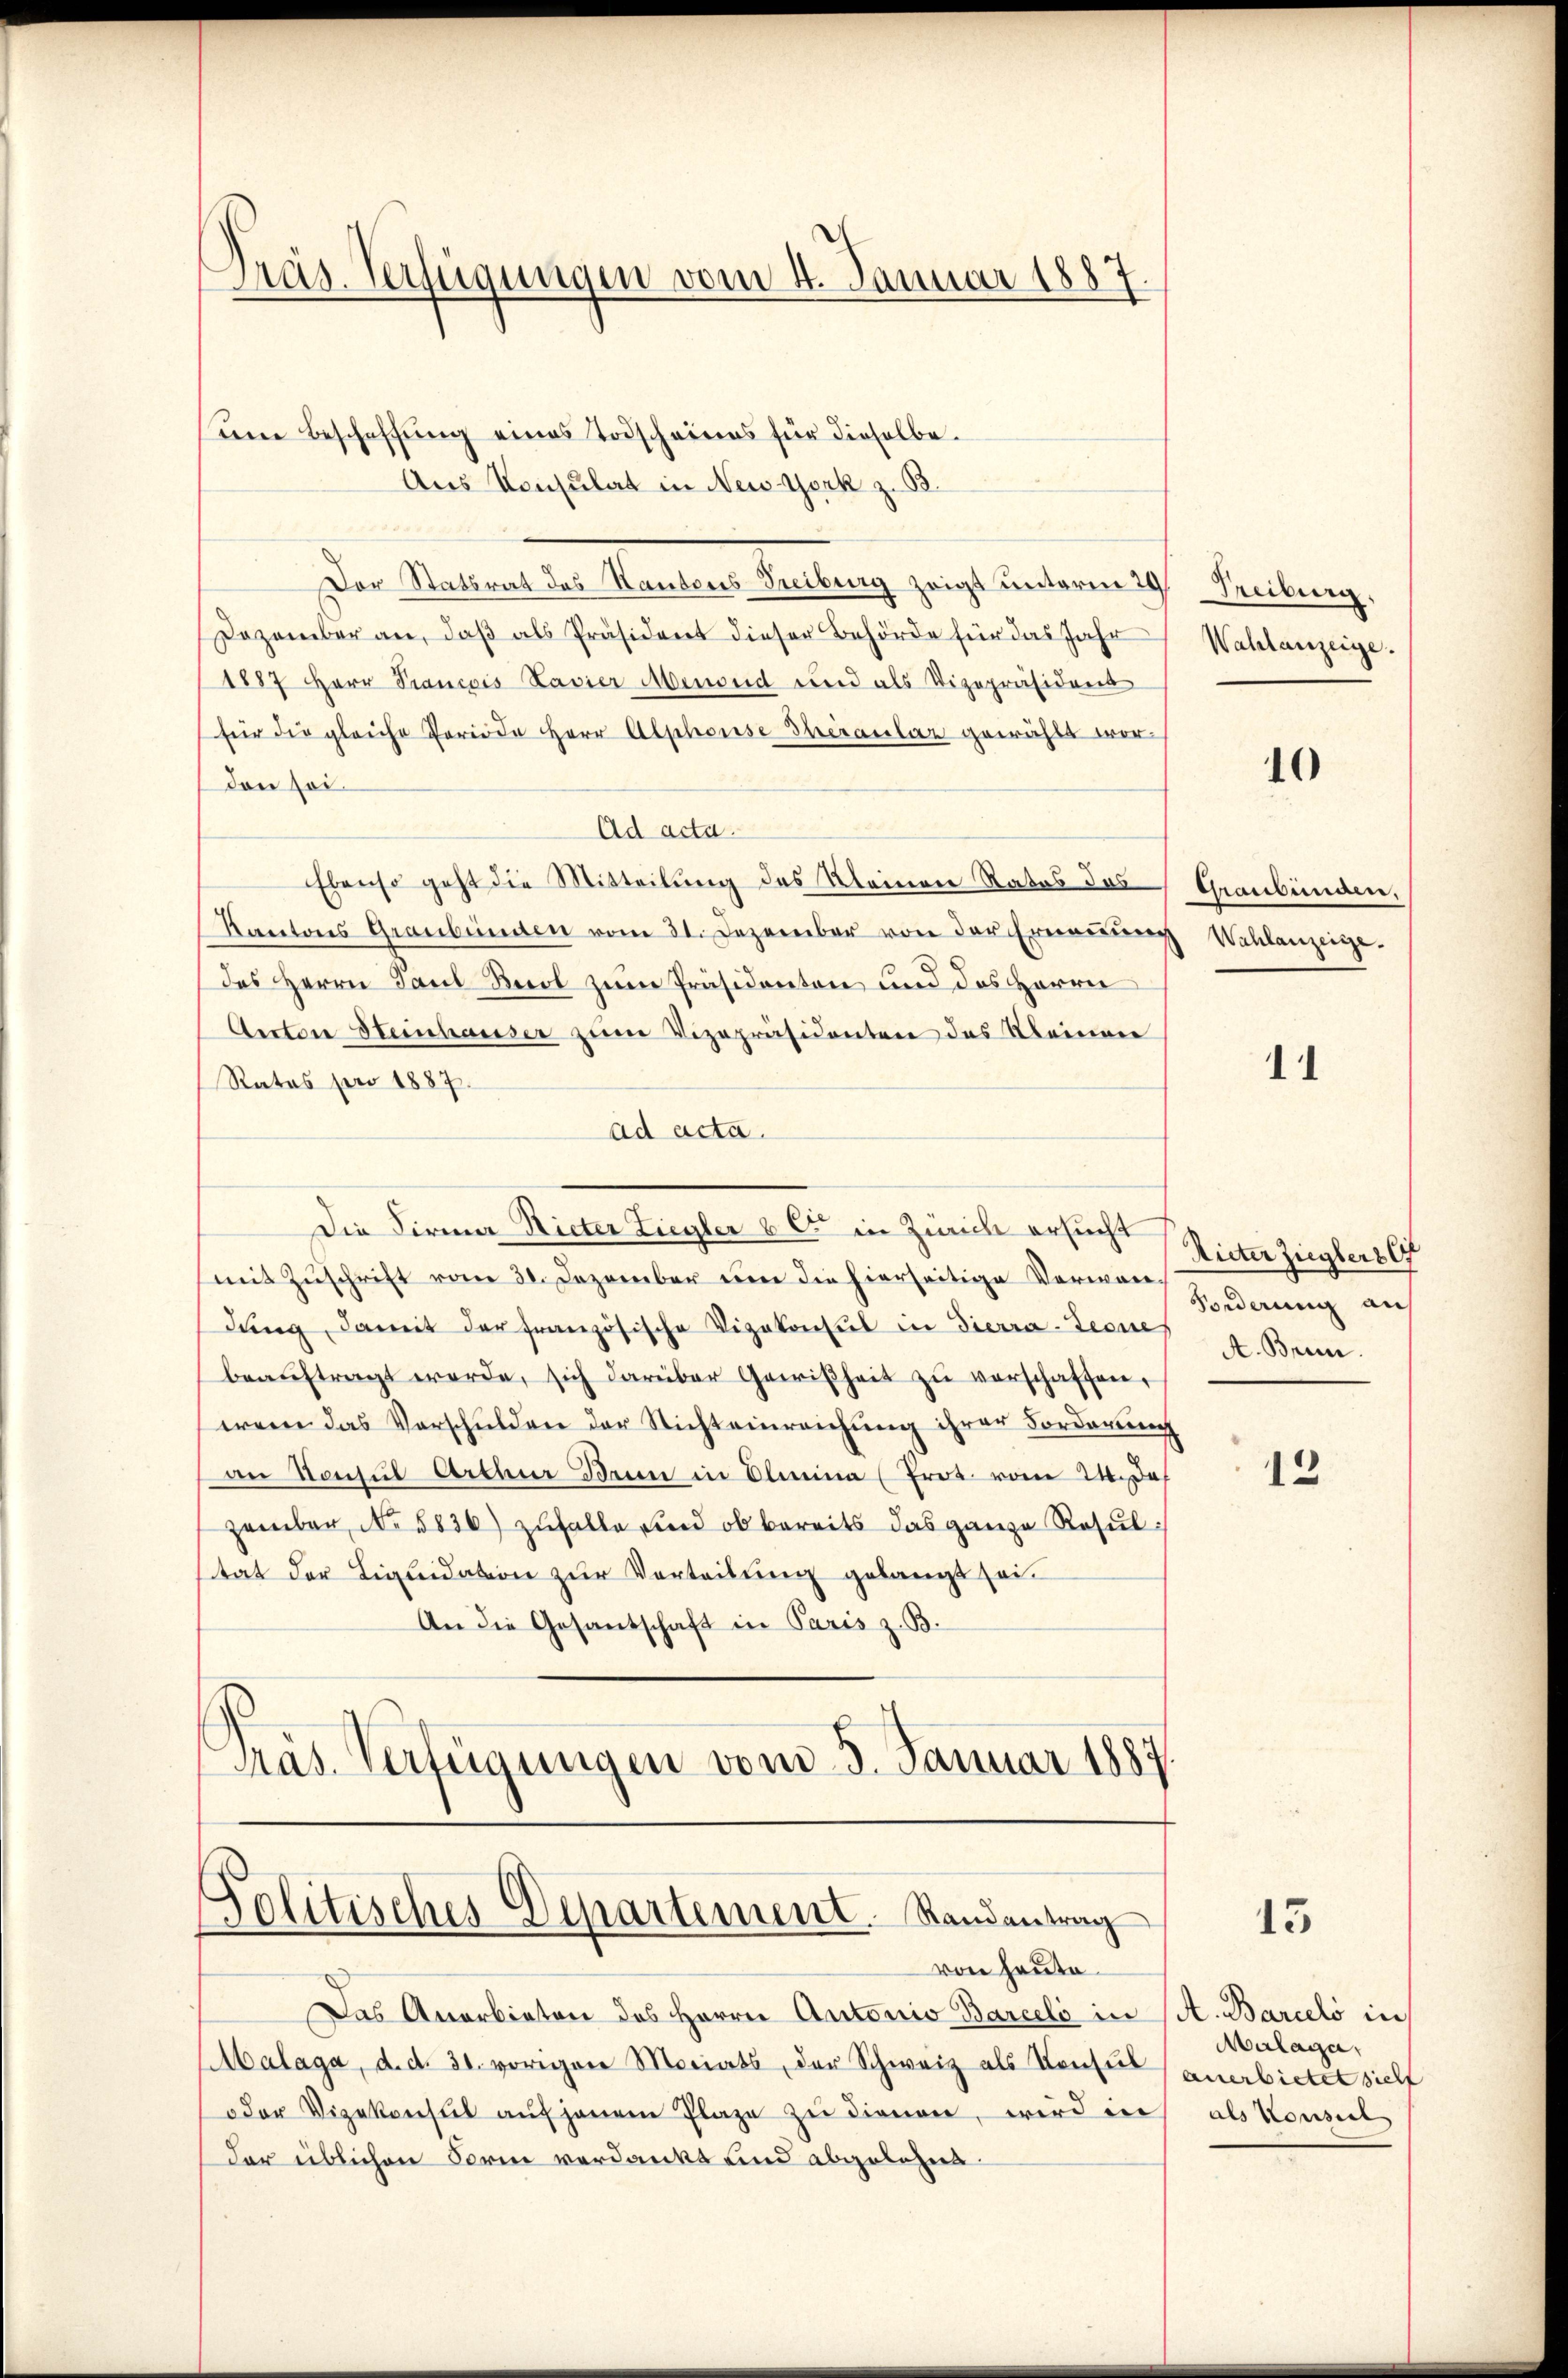
Präs. Verfügungen vom 4. Januar 1887.

ene Beschaffung eines Todscheines für dieselbe.
Aus Konsulat in New-York z. B.
Der Statsrat des Kantons Treiburg zeigt unterm 29. Freiburg,
Dezember an, daß als Präsident dieser Behörde für das Jahr
1887 Herr Prancois Lavier Menoud und als Vizepräsident
für die gleiche Periode Herr Alphose Theranlar gewählt worden soi
Ad acta.
Ebenso geht die Mitteilung des Kleinen Ratos das
Kantons Graubünden vom 31. Dezember von der Erneṅŭng Wahlanzeige.
das Herrn Paul Buol zum Präsidenten und des Herrn
Aectore Steinhauser zum Vizepräsidenten des Kleinen
Rates pro 1887.
ad acta.
Die Firma Nieter Ziegler bis in Zürich ersucht
mit Zuschrift vom 30. Dezember um die hierseitige Verwardŭng, damit der französische Vizekonsul in Tierra-Teone
beaŭftragt werde, sich darüber Gewißheit zŭ verschaffen,
wenn das Verschulden der Nicht einreichung ihrer Forderung
an Konsul Arthur drin in Olmina (Prot. vom 24. De
zember, No 5836) zufalle und ob bereits das ganze Resultat der Liquidation zur Vorteilung gelangt sei¬
An die Gesandschaft in Paris z. B.
Präs. Verfügungen vom 5. Januar 1887.

Politisches Departement. Randantrag
von heute.

Das Anerbieten des Herrn Antonio Barcelo in (A. Barcelo in
Malaga, d. d. 31. vorigen Moriats, der Schweiz als Konsul
oder Vizekonsul aŭf jenem Plaze zŭ dienen, wird in als Konseil
dar üblichen Form verdankt und abgelehnt.

Wahlanzeige.

10

Graubünden.

11

Riter Zieglers f
Forderung auf
A. Brun

13

15

Malaga,
anerbietet sicht